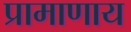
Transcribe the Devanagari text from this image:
प्रामाणाय